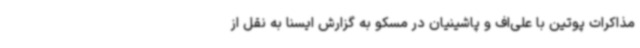
مذاکرات پوتین با علی‌اف و پاشینیان در مسکو به گزارش ایسنا به نقل از